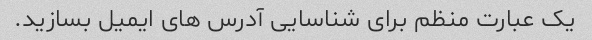
یک عبارت منظم برای شناسایی آدرس های ایمیل بسازید.